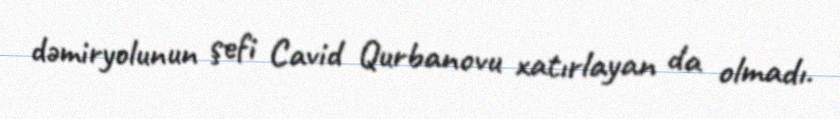
dəmiryolunun şefi Cavid Qurbanovu xatırlayan da olmadı.